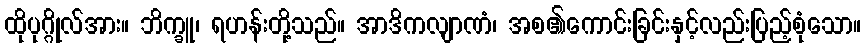
ထိုပုဂ္ဂိုလ်အား။ ဘိက္ခူ၊ ရဟန်းတို့သည်။ အာဒိကလျာဏံ၊ အစ၏ကောင်းခြင်းနှင့်လည်းပြည့်စုံသော။